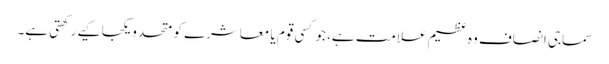
سماجی انصاف وہ عظیم علامت ہے، جو کسی قوم یا معاشرے کو متحد و یکجا کیے رکھتی ہے۔